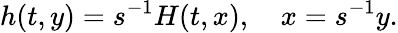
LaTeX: h(t,y)=s^{-1}H(t,x),\quad x=s^{-1}y.